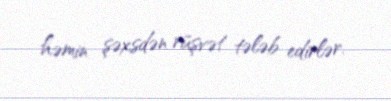
həmin şəxsdən rüşvət tələb edirlər.